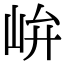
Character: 峅